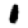
Digit: 1